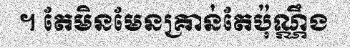
។ តែមិនមែនគ្រាន់តែប៉ុណ្ណឹង